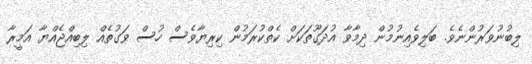
ލިބުނުވަރުންނެވެ. ބަލިވެއިނުމުން ދިމާވާ އުދަގޫތަކަށް ކެތްކުރަމުން ކިރިޔާވެސް ހުސް ވަގުތެއް ލިބިއްޖެއްޔާ އަމީރާ